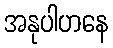
အနုပါဟနေ